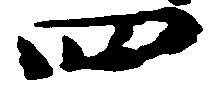
四